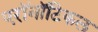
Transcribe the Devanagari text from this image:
एरॉनॉटिकल